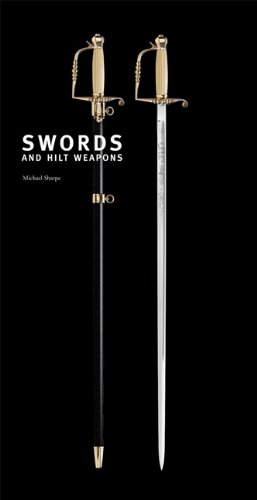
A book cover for Swords and Hilt Weapons; Michael Sharpe; Sports & Outdoors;